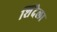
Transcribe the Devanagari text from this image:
शिंदेला